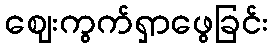
ဈေးကွက်ရှာဖွေခြင်း